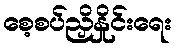
စေ့စပ်ညှိနှိုင်းရေး